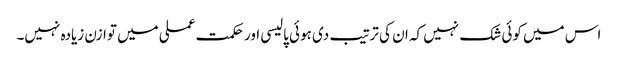
اس میں کوئی شک نہیں کہ ان کی ترتیب دی ہوئی پالیسی اور حکمت عملی میں توازن زیادہ نہیں۔